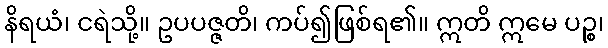
နိရယံ၊ ငရဲသို့။ ဥပပဇ္ဇတိ၊ ကပ်၍ဖြစ်ရ၏။ ဣတိ ဣမေ ပဉ္စ၊